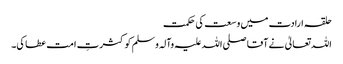
حلقہ ارادت میں وسعت کی حکمت
اللہ تعالیٰ نے آقا صلی اللہ علیہ وآلہ وسلم کو کثرتِ امت عطا کی۔